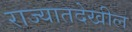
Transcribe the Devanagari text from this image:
राज्यातदेखील